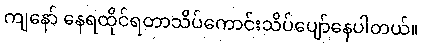
ကျနော် နေရထိုင်ရတာသိပ်ကောင်းသိပ်ပျော်နေပါတယ်။